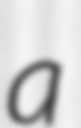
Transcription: a